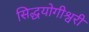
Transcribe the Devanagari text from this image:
सिद्धयोगीश्वरी